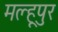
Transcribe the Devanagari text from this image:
मल्हूपुर